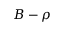
B - \rho